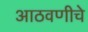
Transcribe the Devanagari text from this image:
आठवणीचे